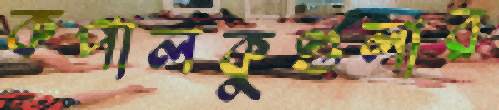
কপালকুণ্ডলার